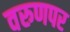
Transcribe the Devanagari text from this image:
वरुणपर